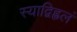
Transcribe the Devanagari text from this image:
स्याद्विह्वलं